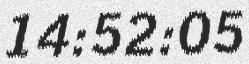
14:52:05